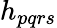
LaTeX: h_{pqrs}